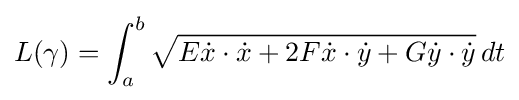
L(\gamma )=\int _{a}^{b}{\sqrt {E{\dot {x}}\cdot {\dot {x}}+2F{\dot {x}}\cdot {\dot {y}}+G{\dot {y}}\cdot {\dot {y}}}}\,dt